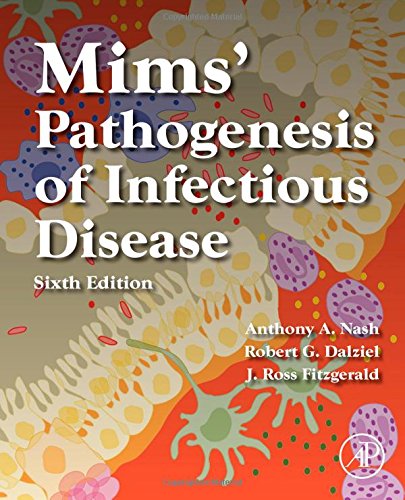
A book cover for Mims' Pathogenesis of Infectious Disease, Sixth Edition; Anthony A. Nash; Medical Books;